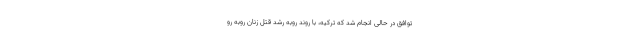
توافق در حالی انجام شد که ترکیه، با روند روبه رشد قتل زنان روبه رو